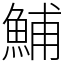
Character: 鯆